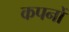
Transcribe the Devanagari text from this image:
कपनों